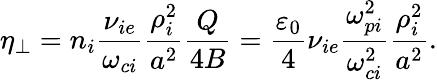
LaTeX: \eta_{\perp}=n_{i}\frac{\nu_{ie}}{\omega_{ci}}\frac{\rho_{i}^{2}}{a^{2}}\frac{Q}{4B}=\frac{\varepsilon_{0}}{4}\nu_{ie}\frac{\omega_{pi}^{2}}{\omega_{ci}^{2}}\frac{\rho_{i}^{2}}{a^{2}}.